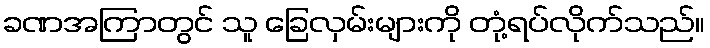
ခဏအကြာတွင် သူ ခြေလှမ်းများကို တုံ့ရပ်လိုက်သည်။